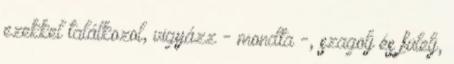
ezekkel találkozol, vigyázz - mondta -, szagolj és fülelj,